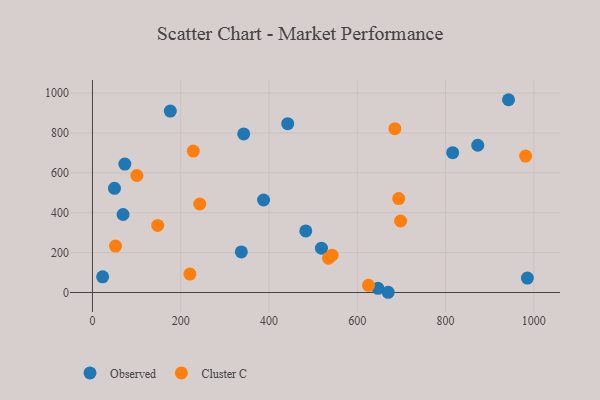
{"axis": {"x": "Price", "y": "Rating"}, "legend": ["Cluster C", "Observed"], "data": [{"x": "518.8", "y": 222.1, "type": "Observed"}, {"x": "646.8", "y": 21.2, "type": "Observed"}, {"x": "816.1", "y": 701.0, "type": "Observed"}, {"x": "337.3", "y": 203.5, "type": "Observed"}, {"x": "176.4", "y": 909.8, "type": "Observed"}, {"x": "872.9", "y": 738.2, "type": "Observed"}, {"x": "387.7", "y": 463.9, "type": "Observed"}, {"x": "69.4", "y": 391.2, "type": "Observed"}, {"x": "670.0", "y": 1.2, "type": "Observed"}, {"x": "23.1", "y": 78.6, "type": "Observed"}, {"x": "50.0", "y": 522.1, "type": "Observed"}, {"x": "483.3", "y": 308.6, "type": "Observed"}, {"x": "942.6", "y": 966.5, "type": "Observed"}, {"x": "442.4", "y": 846.6, "type": "Observed"}, {"x": "342.7", "y": 794.8, "type": "Observed"}, {"x": "73.4", "y": 643.9, "type": "Observed"}, {"x": "985.3", "y": 72.6, "type": "Observed"}, {"x": "220.8", "y": 92.6, "type": "Cluster C"}, {"x": "698.1", "y": 358.6, "type": "Cluster C"}, {"x": "535.0", "y": 172.1, "type": "Cluster C"}, {"x": "542.9", "y": 187.0, "type": "Cluster C"}, {"x": "147.9", "y": 336.2, "type": "Cluster C"}, {"x": "693.9", "y": 471.0, "type": "Cluster C"}, {"x": "100.6", "y": 586.6, "type": "Cluster C"}, {"x": "228.5", "y": 709.2, "type": "Cluster C"}, {"x": "685.2", "y": 821.5, "type": "Cluster C"}, {"x": "625.4", "y": 35.8, "type": "Cluster C"}, {"x": "243.1", "y": 443.8, "type": "Cluster C"}, {"x": "981.3", "y": 684.1, "type": "Cluster C"}, {"x": "52.3", "y": 232.8, "type": "Cluster C"}]}